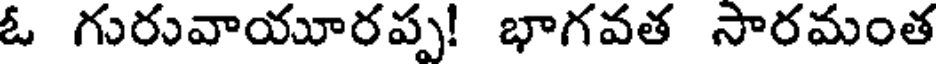
ఓ గురువాయూరప్ప! భాగవత సారమంత